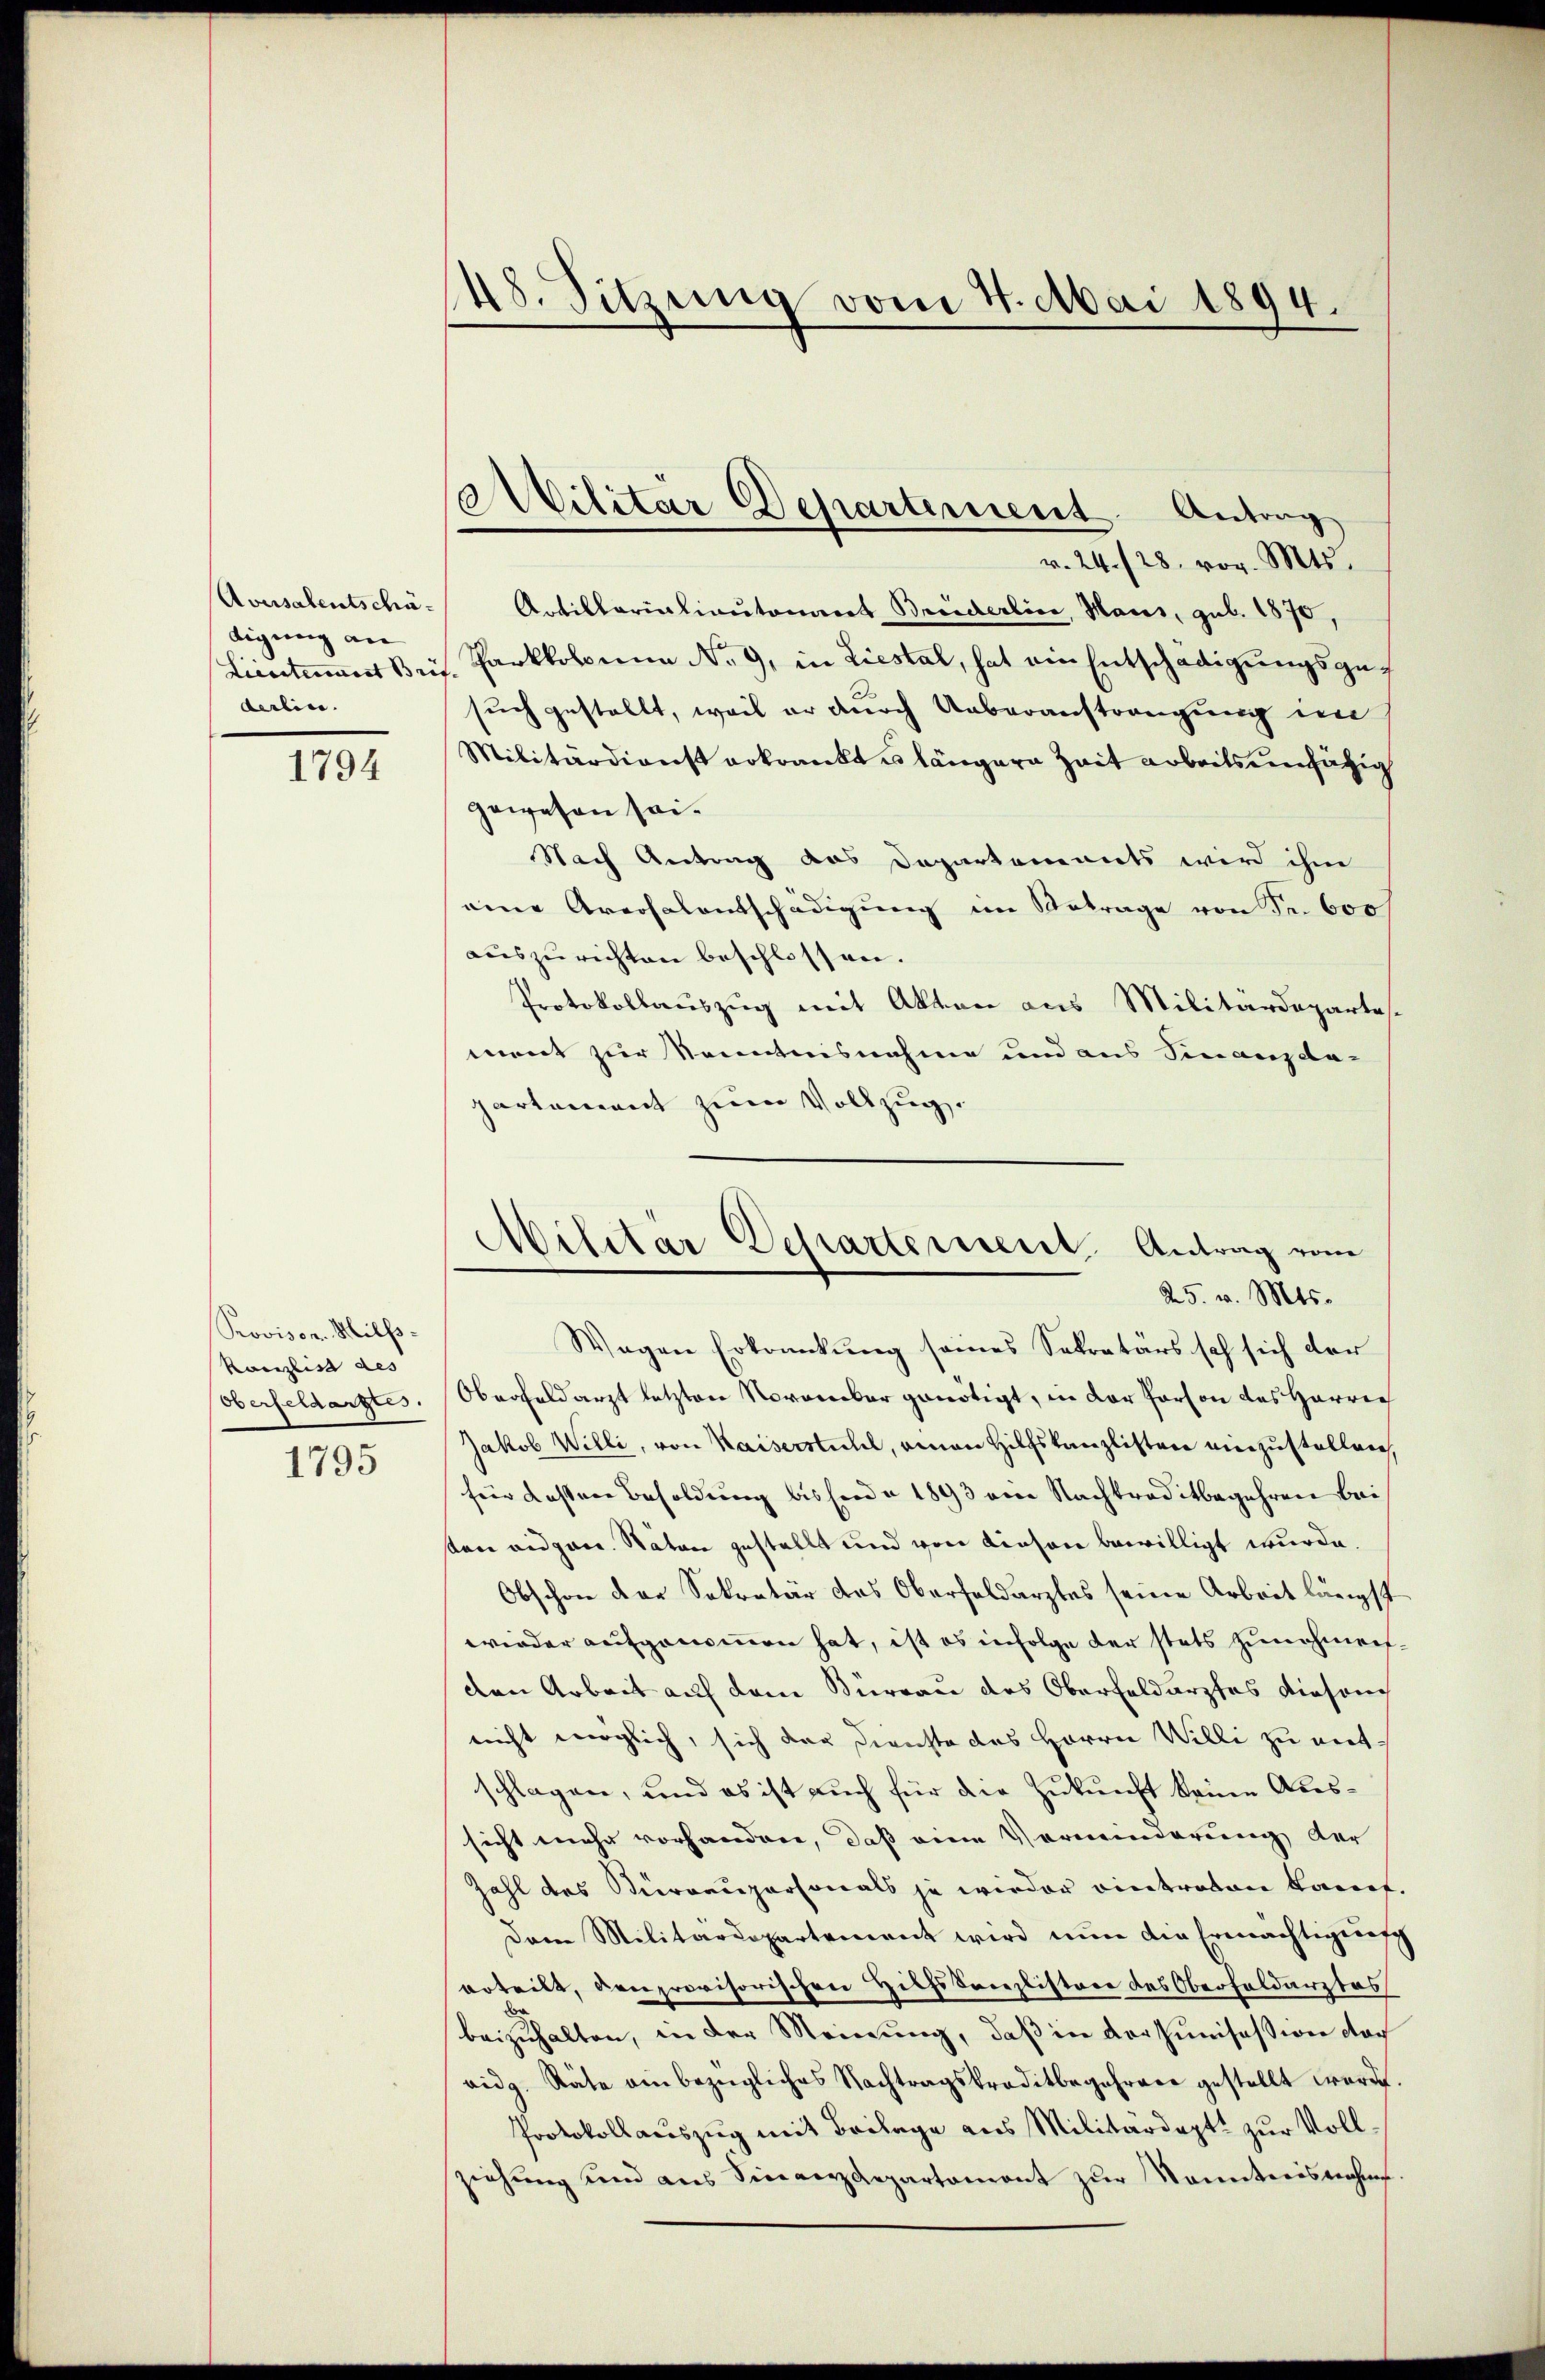
Aversalentschädigung an
Liestament Brei |
derlin.

1794

Provison. Hilfs-
Kanzlist des
Oberfeldarztes.

1795

48. Sitzung vom 4. Mai 1894.

AMilitär Departement. Antrag

v. 24. 128. vor. Mts.
Artillarialiautoniert Bruderline, Mars, geb. 1870,
Parkkolonia No. 9, in Liestal, hat ein Entschädigungsgesuch gestellt, weil er durch Ueberaustrengung im
Militärdienst erkrankt u längere Zeit arbeits einsätig
gewesen sei.
Nach Antrag das Departements wird ihm
eine Arersalentschädigung im Betrage von Fr. 600
auszurichten beschlossen.
Protokollauszug mit Akten aus Militärdepartes
ment zur Kenntnisnahme und aus Finanzda-
partement zum Vollzug.
Wagen Erkrankung seines Sekretärs sch sich der
Oberfeldarzt letzten November genötigt, in der Person des Herrec
Jakob Willi, von Kaiserstuhl, einen Hilfskanzlisten einzustellen,
für dassene Besoldung bissende 1893 am Nachtraditbegehren bei
sten eidgen. Naton gestellt und von Kiesen bewilligt wurde.
Obschon der Sekretär das Oberfeldarztes seine Arbeit längst
wieder aufgenommen hat, ist es infolge der stets zunehmen.
den Arbeit auf dem Bureau des Oberfeldarztes diesen
nicht möglich, sich der Dienste des Herrn Willi zu entschlagen, und es ist auch für die Zukunft keine Aussicht mehr vorhandere, daß eine Verminderung der
Zahl des Vierraupersonals je wieder eintraton Kauf.
Dem Militärdepartement wird nun die Ermächtigung
erteilt, denprovisorischen Hilfskanzlistere des Oberfeldarztes
beizuhalten, in der Meinung, daß in der Junisession dar
eidg. Räte ein bezügliches Nachtragskreditbegehrere gestellt werde.
Protokollauszug mit Beilage aus Militärdept. zur Vollziehung und aus Sieverdepartemont zur Kenntnisnahme.

Militar Departement. Antrag vom
25. v. Mts.